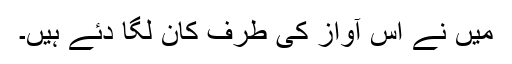
میں نے اس آواز کی طرف کان لگا دئے ہیں۔